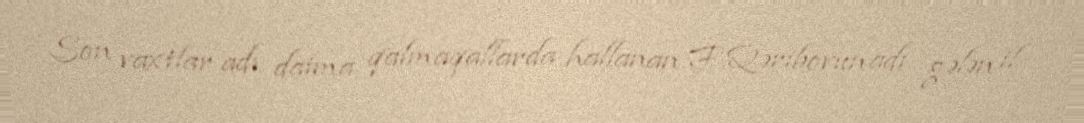
Son vaxtlar adı daima qalmaqallarda hallanan F.Qəribovun adı gələn il